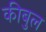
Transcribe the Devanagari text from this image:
कीबुल